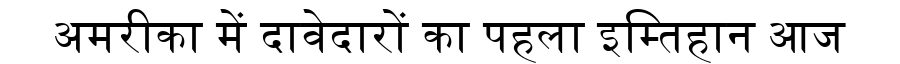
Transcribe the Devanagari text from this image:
अमरीका में दावेदारों का पहला इम्तिहान आज